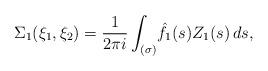
LaTeX: \begin{align*} \Sigma_{ 1 }(\xi_1, \xi_2) = \frac1{2\pi i} \int_{ (\sigma) } \! \hat f_1(s) Z_1(s) \, ds,\end{align*}